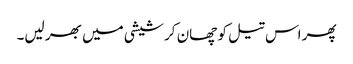
پھر اس تیل کو چھان کر شیشی میں بھر لیں۔